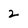
Character: 2